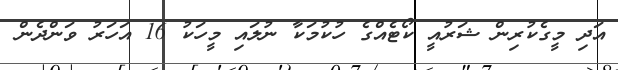
އަދި މީގެކުރިން ޝަރުއީ ކޯޓެއްގެ ހުކުމަކާ ނުލައި މީހަކު 16 އަހަރު ވަންދެން